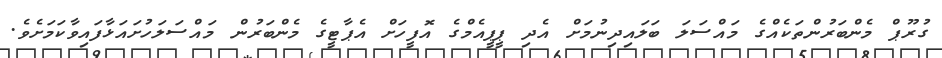
ގުރޫޕް މެންބަރުންތަކެއްގެ މައްސަލަ ބަލައިދިނުމަށް އެދި ޕީޕީއެމްގެ އޮފީހަށް އެޕާޓީގެ މެެންބަރުން މައްސަލަހުށައަޅާފައިވާކަމަށެވެ.